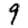
Digit: 9